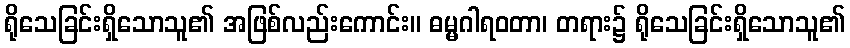
ရိုသေခြင်းရှိသောသူ၏ အဖြစ်လည်းကောင်း။ ဓမ္မဂါရဝတာ၊ တရား၌ ရိုသေခြင်းရှိသောသူ၏